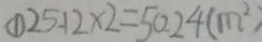
\textcircled { 1 } 2 5 . 1 2 \times 2 = 5 0 . 2 4 ( m ^ { 2 } )